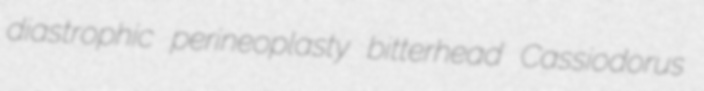
diastrophic perineoplasty bitterhead Cassiodorus